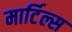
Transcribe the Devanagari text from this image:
मार्टिल्स